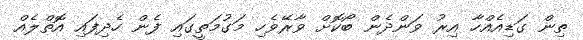
ތިން ގަޑިއެއްހާ އިރު ވަންދެން ބޯކޮށް ވާރޭވެހި މަގުމަތީގައި ފެން ހެދިފައި އޮތްލެއް